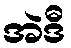
အဲဒီ